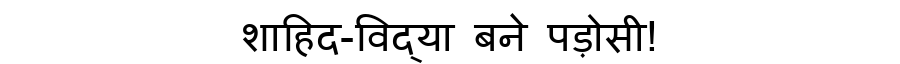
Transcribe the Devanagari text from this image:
शाहिद-विद्या बने पड़ोसी!